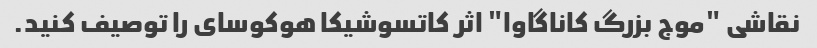
نقاشی "موج بزرگ کاناگاوا" اثر کاتسوشیکا هوکوسای را توصیف کنید.